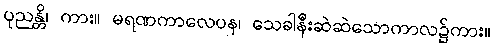
ပုညန္တိ၊ ကား။ မရဏကာလေပန၊ သေခါနီးဆဲဆဲသောကာလ၌ကား။